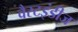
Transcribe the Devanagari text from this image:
वैस्टइंडीज